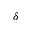
\delta